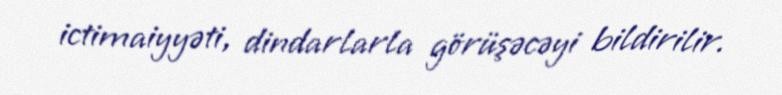
ictimaiyyəti, dindarlarla görüşəcəyi bildirilir.